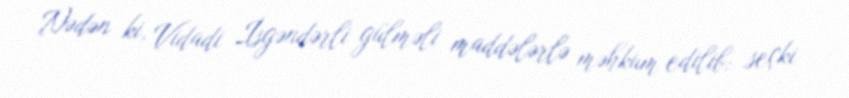
Nədən ki, Vidadi İsgəndərli gülməli maddələrlə məhkum edilib: seçki